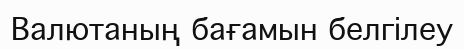
Валютаның бағамын белгілеу